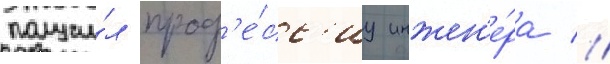
получи́л проф'е́сс'иу инжен'е́ра //